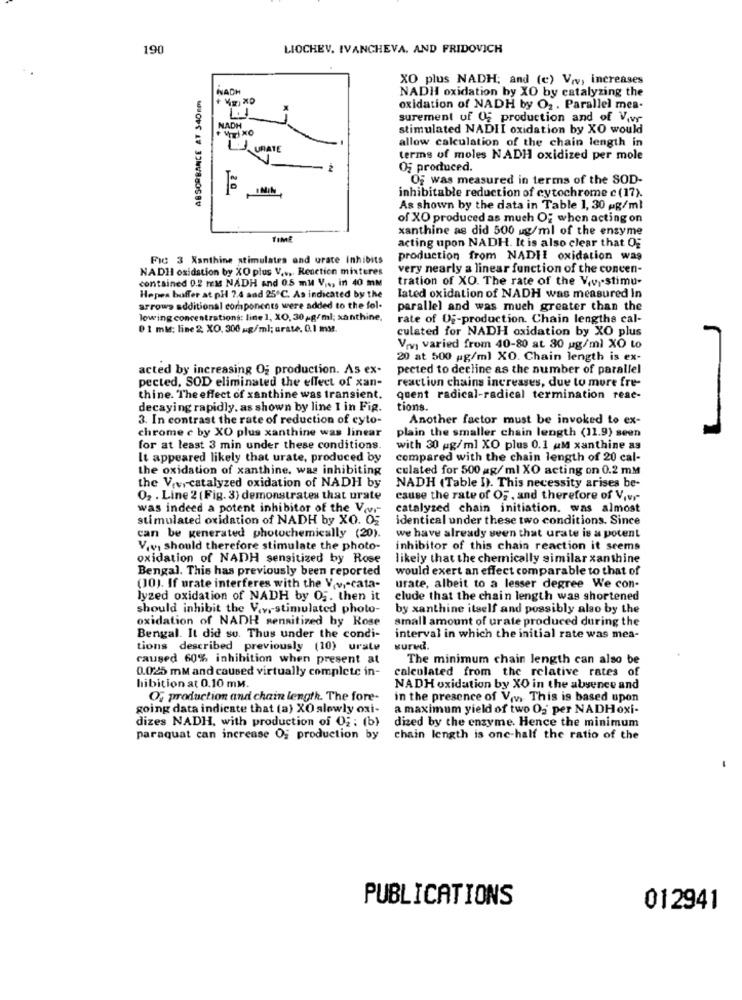
190
LIOCHEV, IVANCHEVA. AND FRIDOVICH
XO plus NADH: and (c) V.v, increases
ABSORBANCE AT 340mm
NACH
NADH oxidation by XO by catalyzing the
1.1
oxidation of NADH by O2 . Parallel mes-
surement of 05 production and of Vivs
NADH
stimulated NADII oxidation by XO would
URATE
allow calculation of the chain length in
terms of moles NADH oxidized per mole
Of produced.
Of was measured in terms of the SOD-
20
inhibitable reduction of cytochrome c (17).
As shown by the data in Table 1, 30 mg/ml
of XO produced as much OF when acting on
xanthine as did 500 ug/ml of the enzyme
TIME
acting upon NADH. It is also clear that Og
FIC 3 Xanthine stimulates and urate Inhibits
production from NADIE oxidation was
NADHI oxidation by XO plus V .... Reaction mixtures
very nearly a linear function of the concen-
contained 0.2 mMs NADH and 0.5 mm V .., in 40 mm
tration of XO. The rate of the Viv. stimu-
Hepes boffer at pH 7.4 and 25℃. As indicated by the
lated oxidation of NADH was measured in
arrows additional components were added to the fol-
parallel and was much greater than the
lowing concentrations: line 1, XO, 30 ,- g/ml; xanthine,
rate of Di-production. Chain lengths cal-
0 1 mld: line 2; XO, 300 mg/ml; urate. 0.1 mM.
culated for NADH oxidation by XO plus
Vm varied from 40-80 at 80 ug/ml XO to
20 at 500 pg/ml XO. Chain length is ex-
acted by increasing Og production. As ex-
pected to decline as the number of parallel
pected, SOD eliminated the effect of xan-
reaction chains increases, due to more fre-
thine. The effect of xanthine was transient.
quent radical-radical termination reae-
decaying rapidly. as shown by line 1 in Fig.
tions.
-
3. In contrast the rate of reduction of cyto-
Another factor must be invoked to ex-
chrome c by XO plus xanthine was linear
plain the smaller chain length (11.9) seen
for at least 3 min under these conditions.
with 30 g/ml XO plus 0.1 aM xanthine as
It appeared likely that urate, produced by
compared with the chain length of 20 cal-
the oxidation of xanthine, was inhibiting
culated for 500 ag/ ml XO acting on 0.2 mM
the Vevrcatalyzed oxidation of NADH by
NADH (Table I). This necessity arises be-
02 . Line 2 ( Fig. 3) demonstrates that urate
cause the rate of OF , and therefore of Vivr-
was indeed a potent inhibitor of the Vivr-
catalyzed chain initiation. was almost
stimulated oxidation of NADH by XO. 05
identical under these two conditions. Since
can be generated photochemically (20).
we have already seen that urate is a potent
V.v. should therefore stimulate the photo-
inhibitor of this chain reaction it seems
oxidation of NADH sensitized by Rose
likely that the chemically similar xanthine
Bengal. This has previously been reported
would exert an effect comparable to that of
(10). If urate interferes with the V.v .- cata-
urate, albeit to a lesser degree We con-
lyzed oxidation of NADH by 05. then it
elude that the chain length was shortened
should inhibit the V.v. stimulated photo-
by xanthine itself and possibly also by the
oxidation of NADH sensitized by Rose
small amount of urate produced during the
Bengal. It did so. Thus under the condi-
interval in which the initial rate was mea-
tions described previously (10) urate
kured.
caused 60% inhibition when present at
The minimum chain length can also be
0.025 mM and caused virtually complete in-
calculated from the relative rates of
hibition at 0.10 mM.
NADH oxidation by XO in the absence and
Of production and chain lengtk. The fore-
in the presence of Viv, This is based upon
going data indicate that (a) XO slowly oxi-
a maximum yield of two O2 per NADHoxi-
dizes NADH, with production of 0 ;: (b)
dized by the enzyme. Hence the minimum
paraquat can increase Of production by
chain length is one-half the ratio of the
PUBLICATIONS
012941